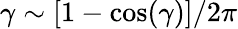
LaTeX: \gamma\sim[1-\cos(\gamma)]/2\pi